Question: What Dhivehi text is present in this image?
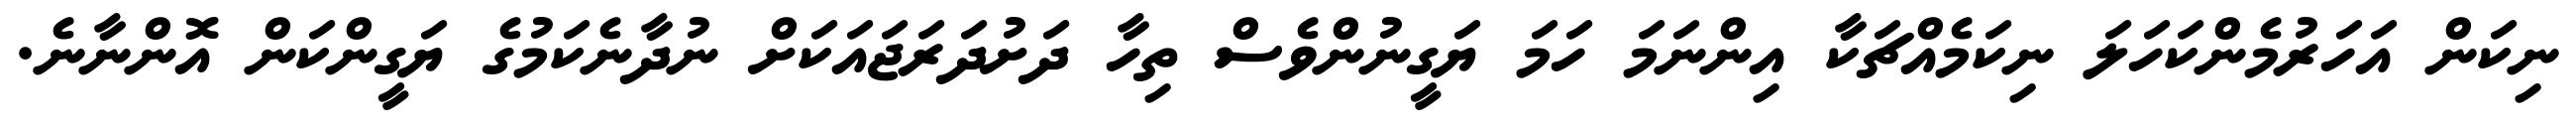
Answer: ނިކަން އަހަރުމެންކަހަލަ ނިކަމެއްޗަކާ އިންނަމަ ހަމަ ޔަގީނުންވެސް ތިހާ ދަށުދަރަޖައަކަށް ނުދާނެކަމުގެ ޔަގީންކަން އޮންނާނެ.